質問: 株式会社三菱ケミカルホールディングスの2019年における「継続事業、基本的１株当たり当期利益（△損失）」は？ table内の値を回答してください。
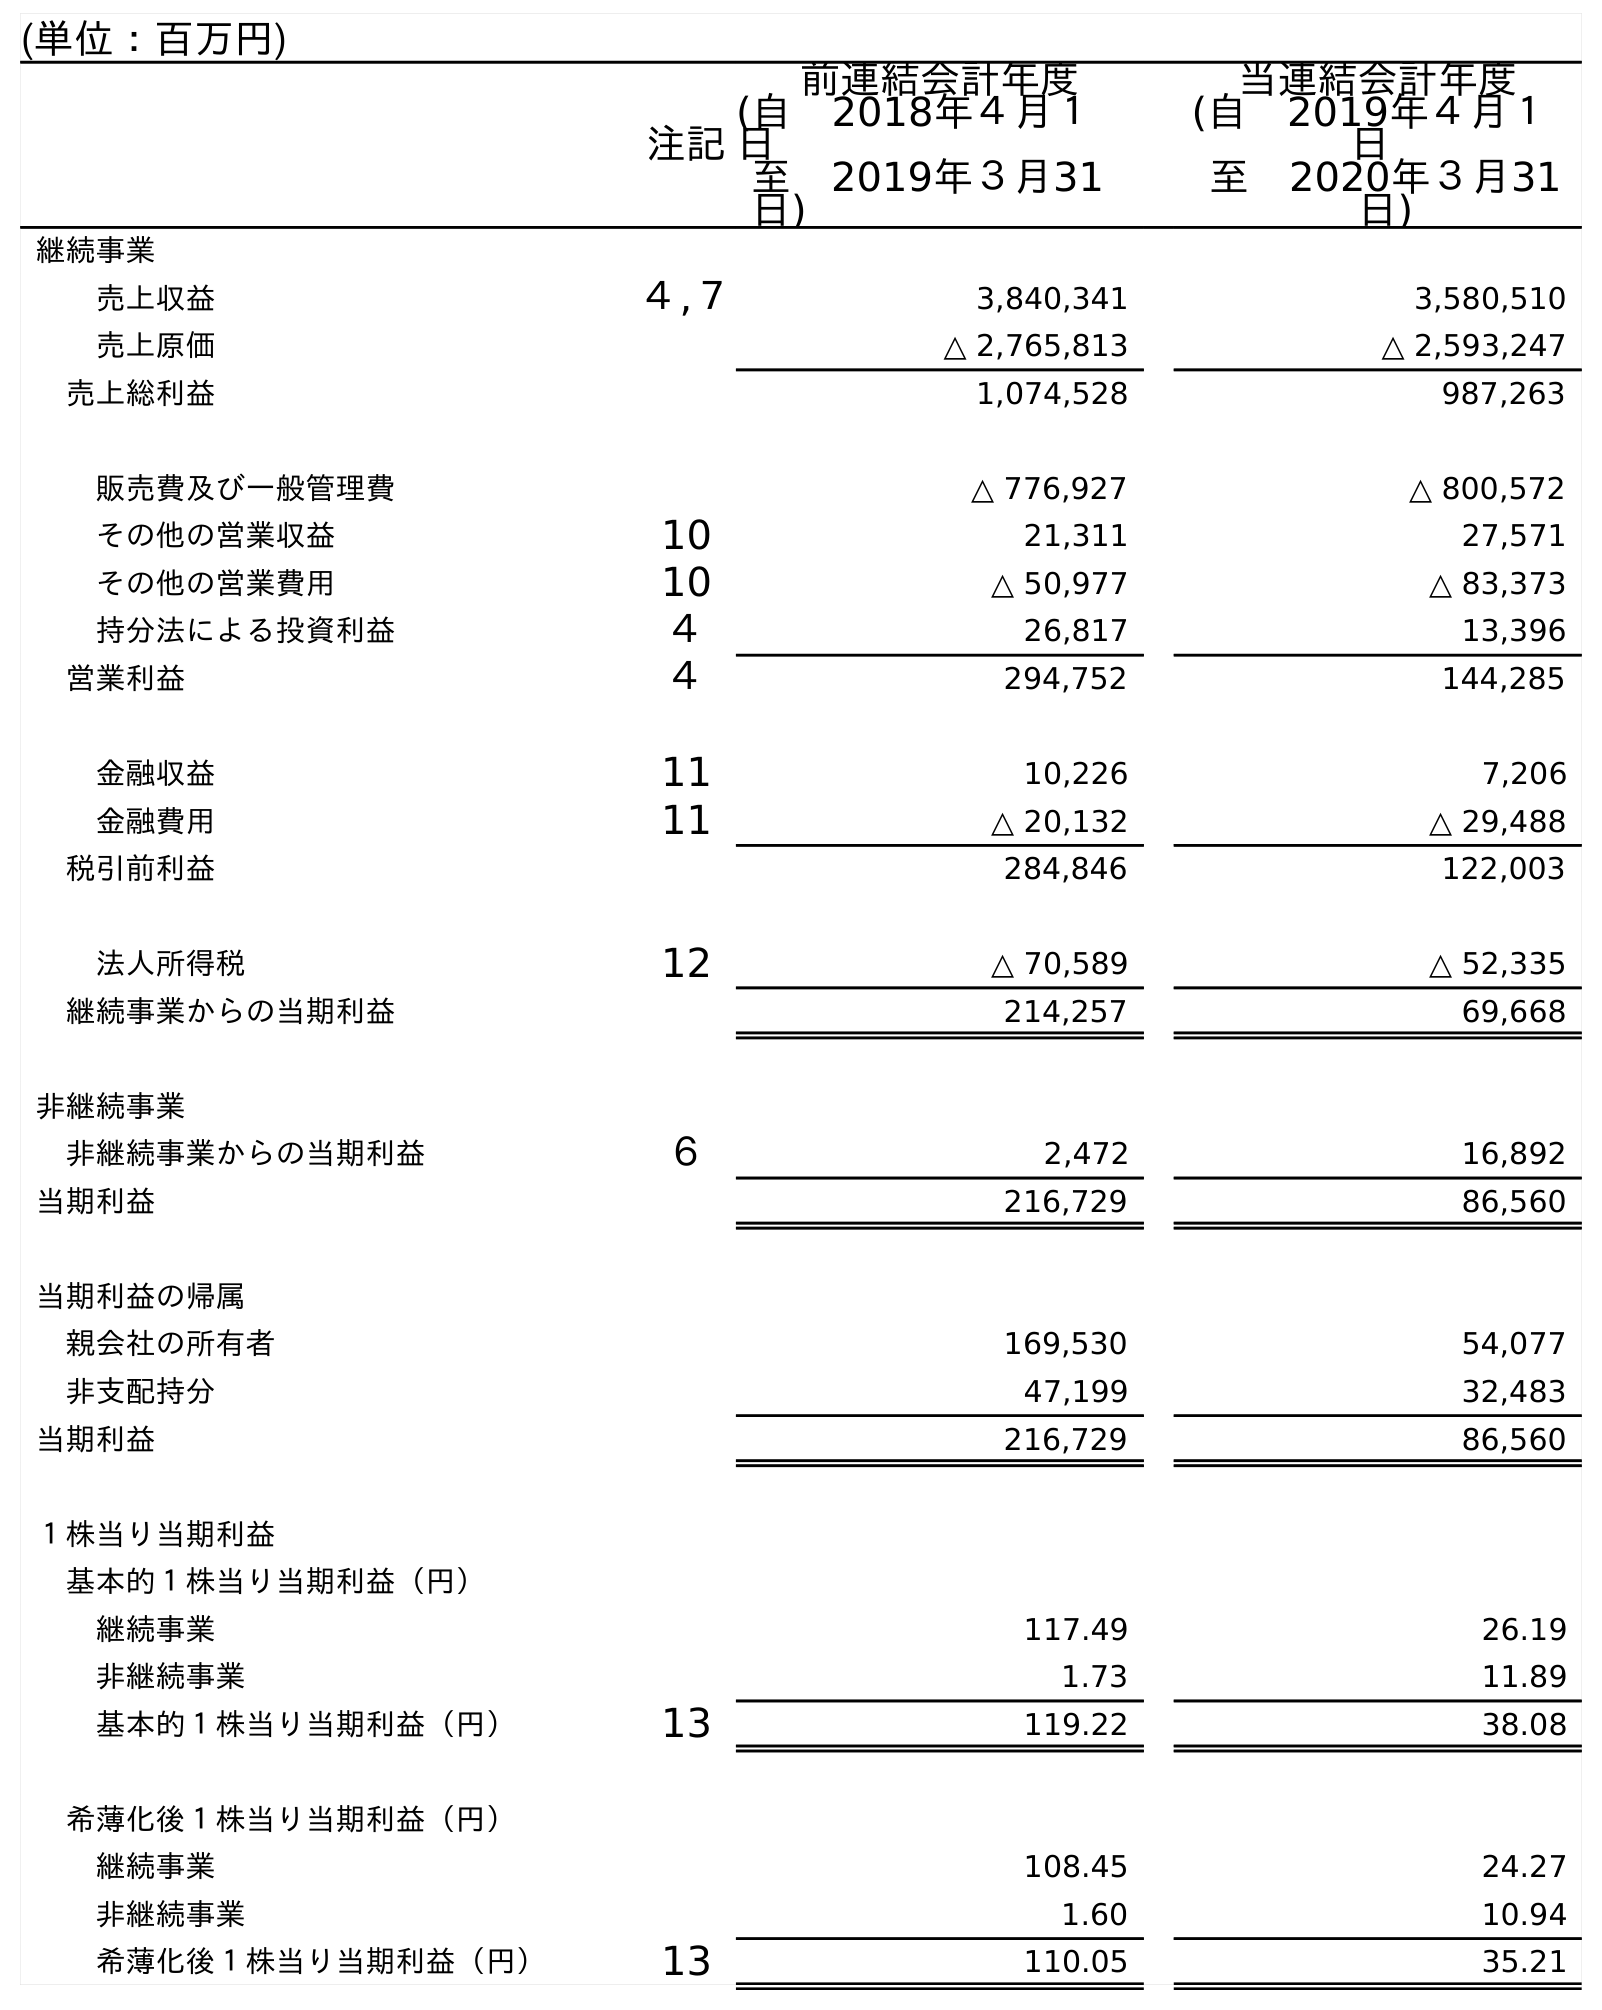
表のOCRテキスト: (単位：百万円) 注記 前連結会計年度 (自 2018年４月１ 日 至 2019年３月31 日) 当連結会計年度 (自 2019年４月１ 日 至 2020年３月31 日) 継続事業 売上収益 ４,７ 3,840,341 3,580,510 売上原価 △ 2,765,813 △ 2,593,247 売上総利益 1,074,528 987,263 販売費及び一般管理費 △ 776,927 △ 800,572 その他の営業収益 10 21,311 27,571 その他の営業費用 10 △ 50,977 △ 83,373 持分法による投資利益 ４ 26,817 13,396 営業利益 ４ 294,752 144,285 金融収益 11 10,226 7,206 金融費用 11 △ 20,132 △ 29,488 税引前利益 284,846 122,003 法人所得税 12 △ 70,589 △ 52,335 継続事業からの当期利益 214,257 69,668 非継続事業 非継続事業からの当期利益 ６ 2,472 16,892 当期利益 216,729 86,560 当期利益の帰属 親会社の所有者 169,530 54,077 非支配持分 47,199 32,483 当期利益 216,729 86,560 １株当り当期利益 基本的１株当り当期利益（円） 継続事業 117.49 26.19 非継続事業 1.73 11.89 基本的１株当り当期利益（円） 13 119.22 38.08 希薄化後１株当り当期利益（円） 継続事業 108.45 24.27 非継続事業 1.60 10.94 希薄化後１株当り当期利益（円） 13 110.05 35.21
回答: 117.49